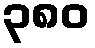
၃၈၀